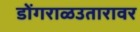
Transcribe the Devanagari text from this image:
डोंगराळउतारावर